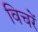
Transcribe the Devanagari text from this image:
विचरें